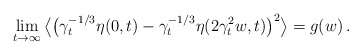
\begin{align*}\lim_{t \to \infty}\big\langle \big( \gamma_t^{-1/3}\eta(0,t) - \gamma_t^{-1/3}\eta(2\gamma_t^2w,t)\big)^2\big\rangle = g(w)\,.\end{align*}